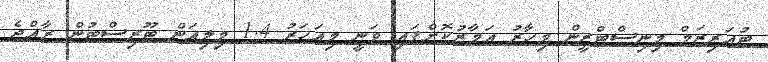
ޓުއަރިޒަމް މިނިސްޓްރީން މިހާރު އަމާޒުކޮށްފައި ވަނީ މިއަހަރު 1.4 މިލިއަން ޓޫރިސްޓުން ރާއްޖެ